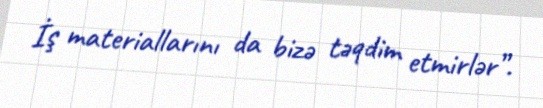
İş materiallarını da bizə təqdim etmirlər”.